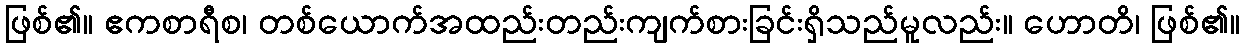
ဖြစ်၏။ ဧကစာရီစ၊ တစ်ယောက်အထည်းတည်းကျက်စားခြင်းရှိသည်မူလည်း။ ဟောတိ၊ ဖြစ်၏။